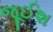
જૂઈશ